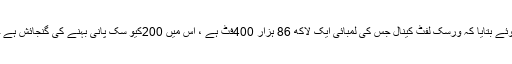
پراجیکٹ ڈاریکٹر ذوالفقار احمد نے گورنر کو بریفنگ دیتے ہوئے بتایا کہ ورسک لفٹ کینال جس کی لمبائی ایک لاکھ 86 ہزار 400فٹ ہے ، اس میں 200کیو سک پانی بہنے کی گنجائش ہے جس سے تقریباً 46ہزار 400ایکٹر اراضی سیراب ہو تی ہے۔